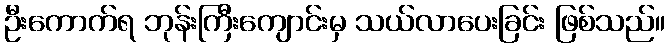
ဦးကောက်ရ ဘုန်းကြီးကျောင်းမှ သယ်လာပေးခြင်း ဖြစ်သည်။